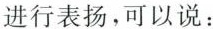
进行表扬,可以说: